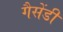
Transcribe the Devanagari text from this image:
गैसेंडी